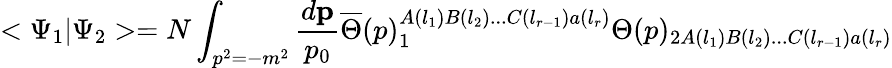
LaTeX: <\Psi_{1}|\Psi_{2}>=N\int_{p^{2}=-m^{2}}\frac{d{\mathbf p}}{p_{0}}\overline{{{\Theta}}}(p)_{1}^{A(l_{1})B(l_{2})...C(l_{r-1})a(l_{r})}\Theta(p)_{2A(l_{1})B(l_{2})...C(l_{r-1})a(l_{r})}